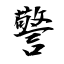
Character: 警